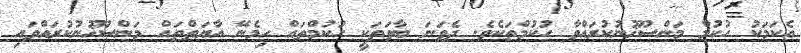
އެކަމަކު ހުކުމް މަންސޫޚުނުކުރައްވާ ހުކުމްތަކެވެ. ދެވަނަ ބާވަތަކީ ހުކުމްތައް ހިމެނޭ އާޔަތްތައް މަންސޫޚުނުކުރައްވައި